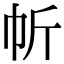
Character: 㠼